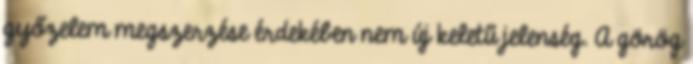
győzelem megszerzése érdekében nem új keletű jelenség. A görög